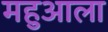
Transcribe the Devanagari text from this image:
महुआला